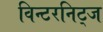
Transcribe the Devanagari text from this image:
विन्टरनिट्ज